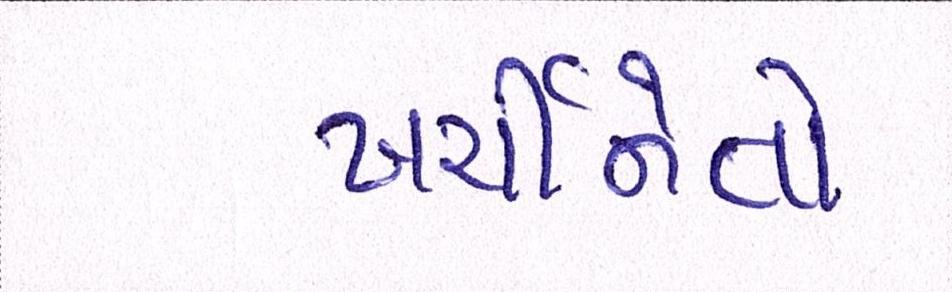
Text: ખર્ચીનેતો